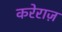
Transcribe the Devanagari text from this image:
करेराज़